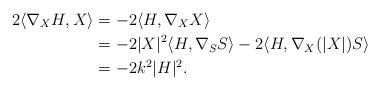
LaTeX: \begin{align*}2\langle \nabla_XH,X\rangle & =-2\langle H,\nabla_XX\rangle \\& =-2|X|^2\langle H,\nabla_SS\rangle-2\langle H,\nabla_X(|X|)S\rangle \\& = -2k^2|H|^2.\end{align*}